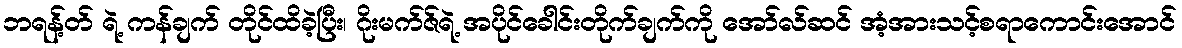
ဘရန့်တ် ရဲ့ ကန်ချက် တိုင်ထိခဲ့ပြီး၊ ဂိုးမက်ဇ်ရဲ့ အပိုင်ခေါင်းတိုက်ချက်ကို အော်လ်ဆင် အံ့အားသင့်စရာကောင်းအောင်